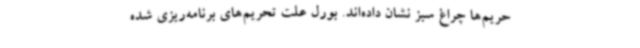
حریم‌ها چراغ سبز نشان داده‌اند. بورل علت تحریم‌های برنامه‌ریزی شده